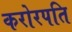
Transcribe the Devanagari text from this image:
करोरपति